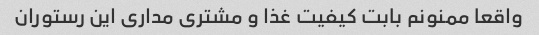
واقعا ممنونم بابت کیفیت غذا و مشتری مداری این رستوران